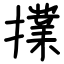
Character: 擈